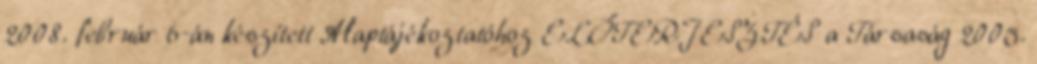
2008. február 6-án készített Alaptájékoztatóhoz ELŐTERJESZTÉS a Társaság 2005.